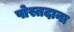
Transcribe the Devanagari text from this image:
पोस्तदाना